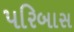
પરિબાસ